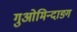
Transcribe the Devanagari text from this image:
गुओमिन्दाङ्ग